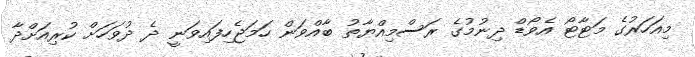
މިއަހަރުގެ މަޓާޓޯ އެވޯޑް ދިނުމުގެ ރަސްމިއްޔާތު ބާއްވަން ހަމަޖެހިފައިވަނީ ދެ ދުވަހަށް ކުރިއަށްދާ